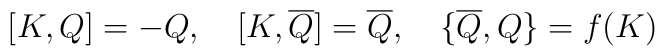
{[}K, Q{]} = -Q, \quad {[}K, \overline{Q}{]} = \overline{Q}, \quad  {\{}\overline{Q}, Q {\}} = f(K)